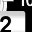
Digit: 2